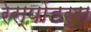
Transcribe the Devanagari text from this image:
रेस्पोंडर्स